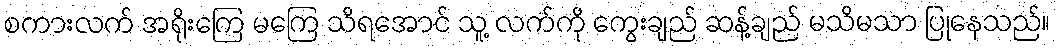
စကားလက် အရိုးကြေ မကြေ သိရအောင် သူ့ လက်ကို ကွေးချည် ဆန့်ချည် မသိမသာ ပြုနေသည်။